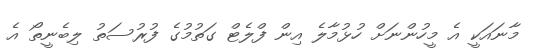
މާނައަކީ އެ މީހުންނަށް ހުޅުމާލެ އިން ފްލެޓް ގަތުމުގެ ފުރުސަތު ލިބެނީތޯ އެ